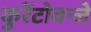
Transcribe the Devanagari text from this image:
कुरेंटोवन्जे